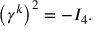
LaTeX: \left( \gamma ^ { k } \right) ^ { 2 } = - I _ { 4 } .